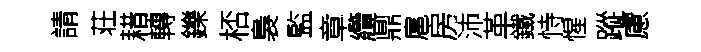
請荘耤轉鑠桮裊監章纜鼎扈房沛革鐵恃惺蹤慮